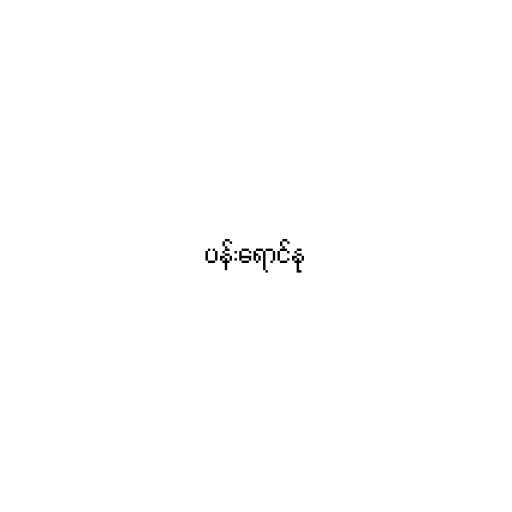
ပန်းရောင်နု